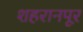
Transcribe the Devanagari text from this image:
शहरानपूर